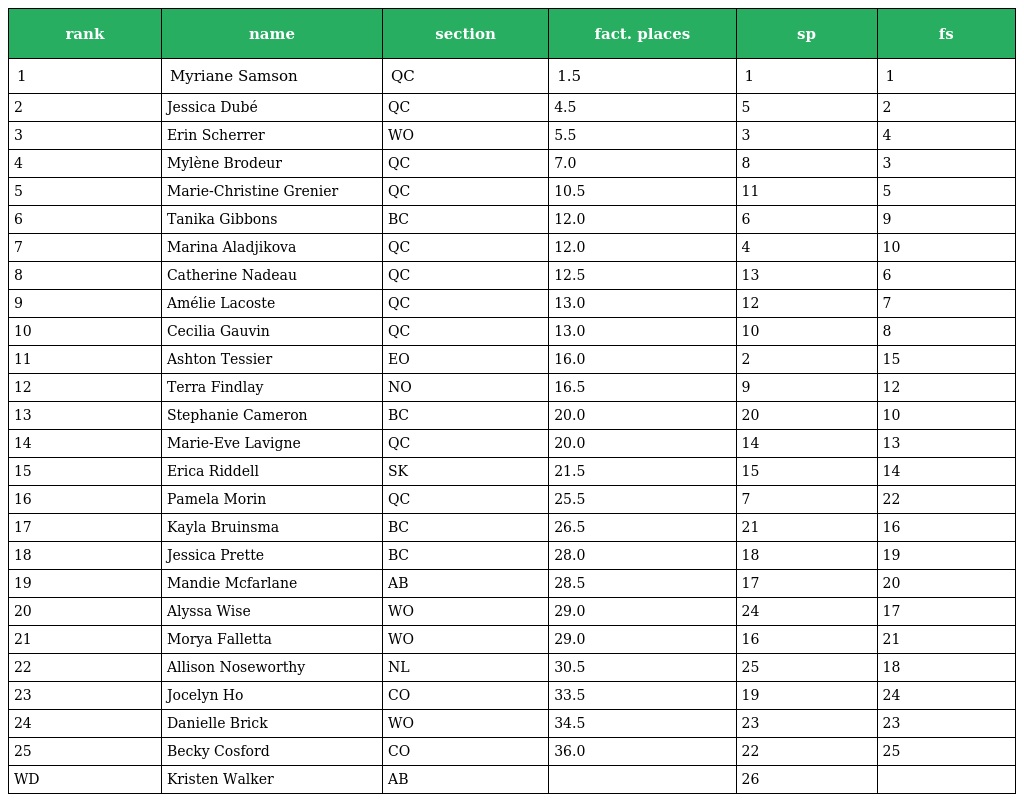
| rank | name | section | fact. places | sp | fs |
 | --- | --- | --- | --- | --- | --- |
 | 1 | Myriane Samson | QC | 1.5 | 1 | 1 |
 | 2 | Jessica Dubé | QC | 4.5 | 5 | 2 |
 | 3 | Erin Scherrer | WO | 5.5 | 3 | 4 |
 | 4 | Mylène Brodeur | QC | 7.0 | 8 | 3 |
 | 5 | Marie-Christine Grenier | QC | 10.5 | 11 | 5 |
 | 6 | Tanika Gibbons | BC | 12.0 | 6 | 9 |
 | 7 | Marina Aladjikova | QC | 12.0 | 4 | 10 |
 | 8 | Catherine Nadeau | QC | 12.5 | 13 | 6 |
 | 9 | Amélie Lacoste | QC | 13.0 | 12 | 7 |
 | 10 | Cecilia Gauvin | QC | 13.0 | 10 | 8 |
 | 11 | Ashton Tessier | EO | 16.0 | 2 | 15 |
 | 12 | Terra Findlay | NO | 16.5 | 9 | 12 |
 | 13 | Stephanie Cameron | BC | 20.0 | 20 | 10 |
 | 14 | Marie-Eve Lavigne | QC | 20.0 | 14 | 13 |
 | 15 | Erica Riddell | SK | 21.5 | 15 | 14 |
 | 16 | Pamela Morin | QC | 25.5 | 7 | 22 |
 | 17 | Kayla Bruinsma | BC | 26.5 | 21 | 16 |
 | 18 | Jessica Prette | BC | 28.0 | 18 | 19 |
 | 19 | Mandie Mcfarlane | AB | 28.5 | 17 | 20 |
 | 20 | Alyssa Wise | WO | 29.0 | 24 | 17 |
 | 21 | Morya Falletta | WO | 29.0 | 16 | 21 |
 | 22 | Allison Noseworthy | NL | 30.5 | 25 | 18 |
 | 23 | Jocelyn Ho | CO | 33.5 | 19 | 24 |
 | 24 | Danielle Brick | WO | 34.5 | 23 | 23 |
 | 25 | Becky Cosford | CO | 36.0 | 22 | 25 |
 | WD | Kristen Walker | AB |  | 26 |  |